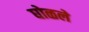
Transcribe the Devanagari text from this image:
घोळले